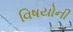
વિષયોની